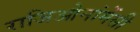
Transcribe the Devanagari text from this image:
राजिओनांमेंसी